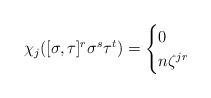
LaTeX: \begin{align*}\chi_{j}([\sigma,\tau]^{r}\sigma^{s}\tau^{t})&=\begin{cases}0&\\n\zeta^{jr}&\end{cases}\end{align*}